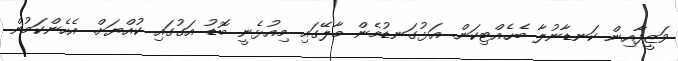
ވަޒީފާއިން ކަނޑާނުލާ ބެހެއްޓިކަން. އަޅުގަނޑުމެން މާލޭގައި މިއުޅެނީ ބޮޑު އަގުގައި ކުއްޔަށް. އެހެންކަމުން